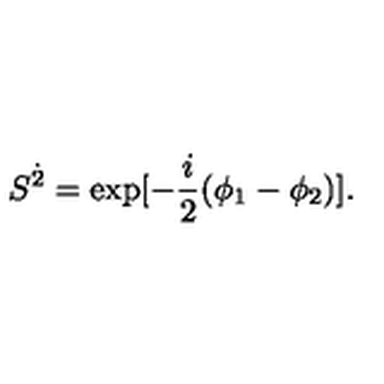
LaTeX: S ^ { \dot { 2 } } = \mathrm { e x p } [ - \frac { i } { 2 } ( \phi _ { 1 } - \phi _ { 2 } ) ] .